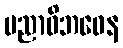
ပညာဝိဘဝေန